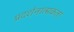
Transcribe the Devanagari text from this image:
प्रदर्शनात्मकता